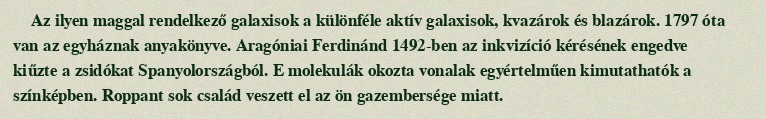
Az ilyen maggal rendelkező galaxisok a különféle aktív galaxisok, kvazárok és blazárok. 1797 óta van az egyháznak anyakönyve. Aragóniai Ferdinánd 1492-ben az inkvizíció kérésének engedve kiűzte a zsidókat Spanyolországból. E molekulák okozta vonalak egyértelműen kimutathatók a színképben. Roppant sok család veszett el az ön gazembersége miatt.